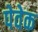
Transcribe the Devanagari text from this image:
पेवेक